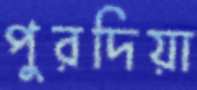
পুরদিয়া